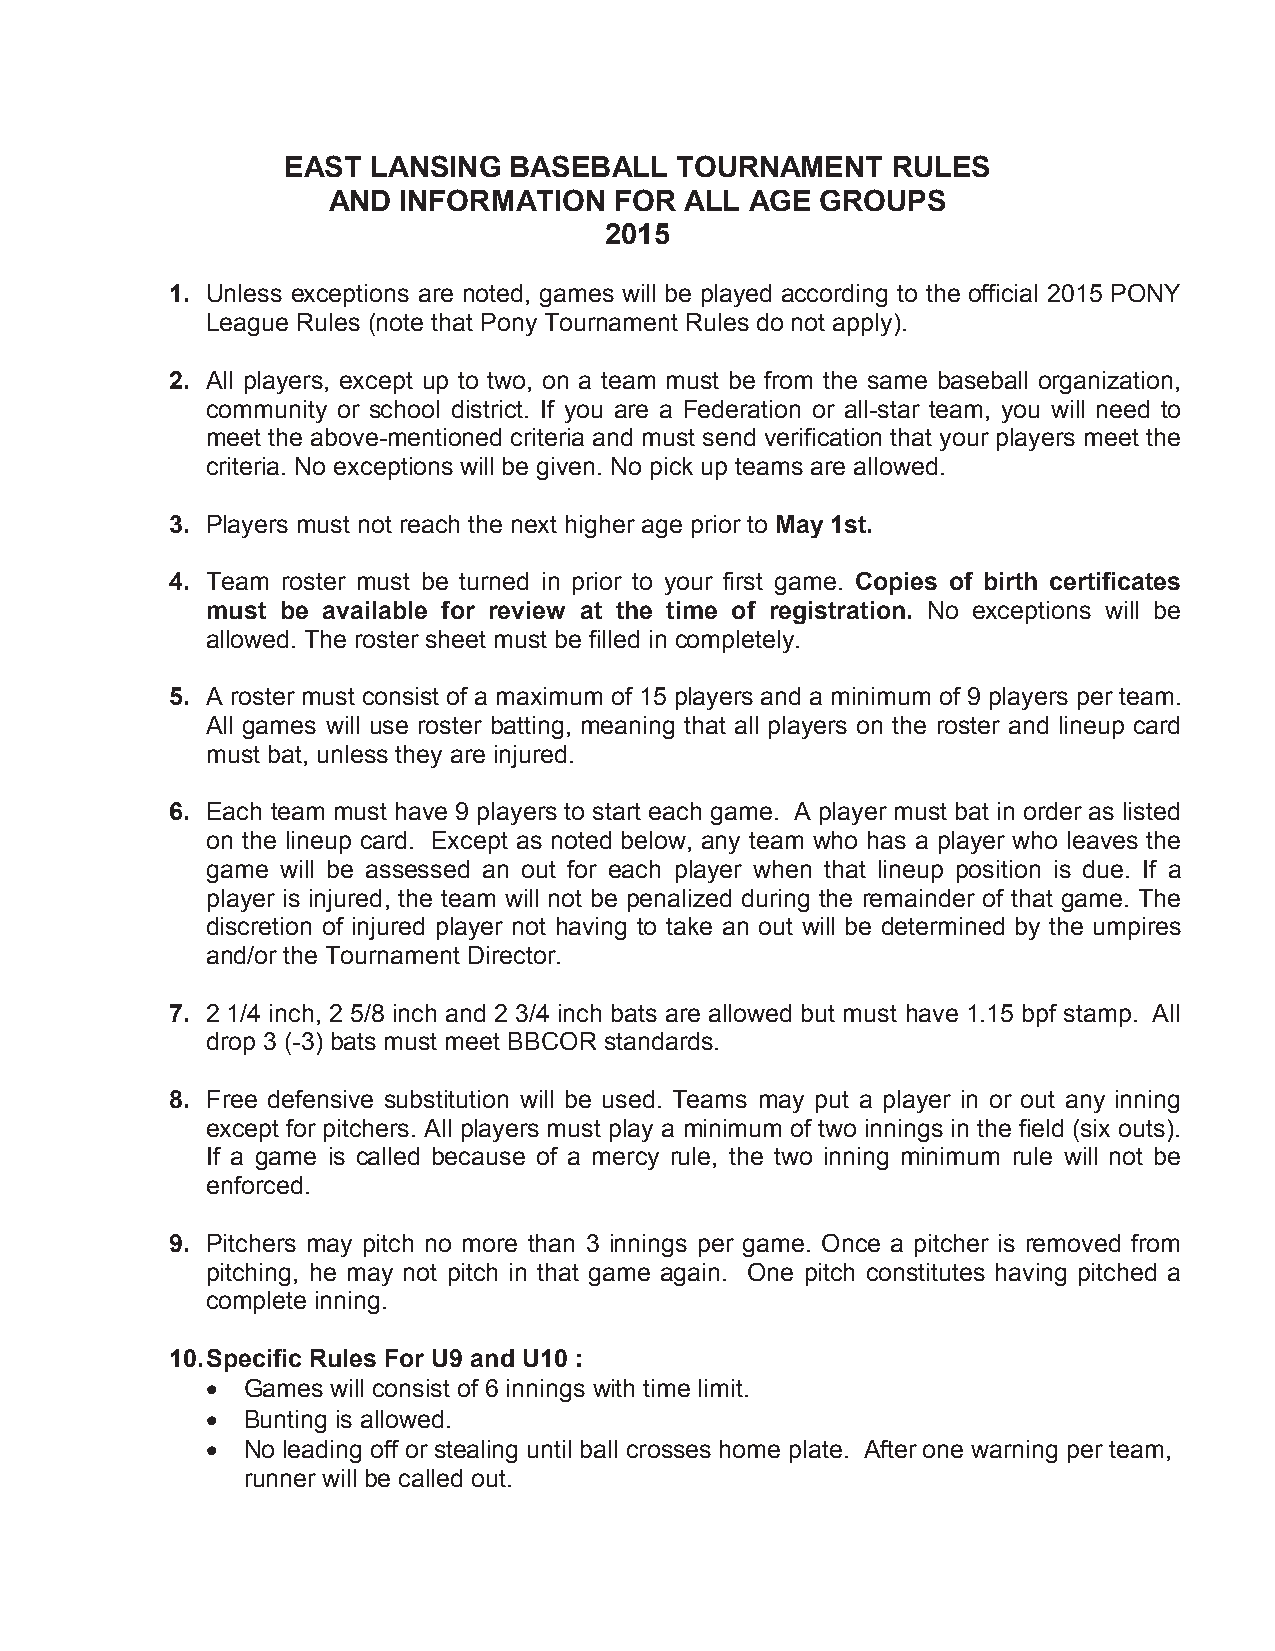
EAST  LANSING  BASEBALL   TOURNAMENT    RULES
 AND INFORMATION    FOR ALL  AGE GROUPS
 2015
 1. Unless exceptions are noted, games will be played according to the official 2015 PONY
 League Rules (note that Pony Tournament Rules do not apply).
 2. All players, except up to two, on a team must be from the same baseball organization,
 community or school district. If you are a Federation or all-star team, you will need to
 meet the above-mentioned criteria and must send verification that your players meet the
 criteria. No exceptions will be given. No pick up teams are allowed.
 3. Players must not reach the next higher age prior to May 1st.
 4. Team roster must be turned in prior to your first game. Copies of birth certificates
 must be available for review at the time of registration. No exceptions will be
 allowed. The roster sheet must be filled in completely.
 5. A roster must consist of a maximum of 15 players and a minimum of 9 players per team.
 All games will use roster batting, meaning that all players on the roster and lineup card
 must bat, unless they are injured.
 6. Each team must have 9 players to start each game. A player must bat in order as listed
 on the lineup card. Except as noted below, any team who has a player who leaves the
 game will be assessed an out for each player when that lineup position is due. If a
 player is injured, the team will not be penalized during the remainder of that game. The
 discretion of injured player not having to take an out will be determined by the umpires
 and/or the Tournament Director.
 7. 2 1/4 inch, 2 5/8 inch and 2 3/4 inch bats are allowed but must have 1.15 bpf stamp. All
 drop 3 (-3) bats must meet BBCOR standards.
 8. Free defensive substitution will be used. Teams may put a player in or out any inning
 except for pitchers. All players must play a minimum of two innings in the field (six outs).
 If a game is called because of a mercy rule, the two inning minimum rule will not be
 enforced.
 9. Pitchers may pitch no more than 3 innings per game. Once a pitcher is removed from
 pitching, he may not pitch in that game again. One pitch constitutes having pitched a
 complete inning.
 10.Specific Rules For U9 and U10 :
  Games will consist of 6 innings with time limit.
  Bunting is allowed.
  No leading off or stealing until ball crosses home plate. After one warning per team,
 runner will be called out.